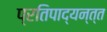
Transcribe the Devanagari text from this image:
प्रतिपाद्यन्त्त